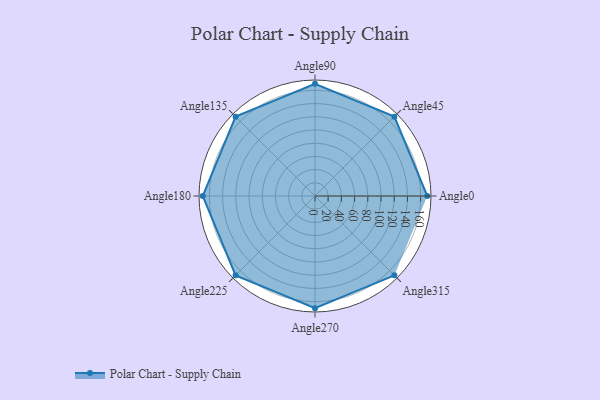
{"axis": {"x": "Angle", "y": "Radius"}, "legend": [""], "data": [{"x": "Angle0", "y": 170, "type": ""}, {"x": "Angle45", "y": 170, "type": ""}, {"x": "Angle90", "y": 170.0, "type": ""}, {"x": "Angle135", "y": 170, "type": ""}, {"x": "Angle180", "y": 170, "type": ""}, {"x": "Angle225", "y": 170, "type": ""}, {"x": "Angle270", "y": 170, "type": ""}, {"x": "Angle315", "y": 170, "type": ""}]}